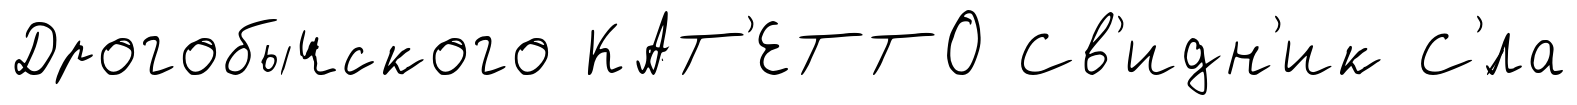
Дрогобычского КАТ'ЕТТО Св'идн'ик С'́ла